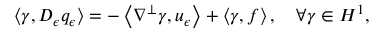
\left\langle \gamma , D _ { \epsilon } q _ { \epsilon } \right\rangle = - \left\langle \nabla ^ { \perp } \gamma , u _ { \epsilon } \right\rangle + \left\langle \gamma , f \right\rangle , \quad \forall \gamma \in H ^ { 1 } ,